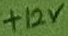
Text: +12V